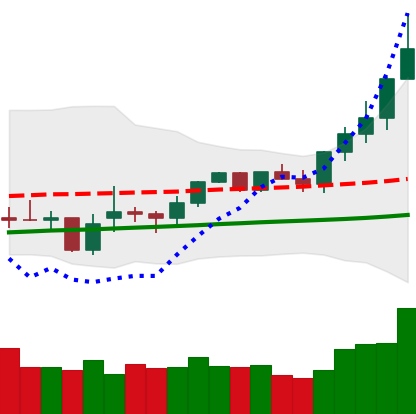
Ticker: XMR-USD
Chart end date: 2021-02-12
Forward return: 34.549%
Label: up_7plus